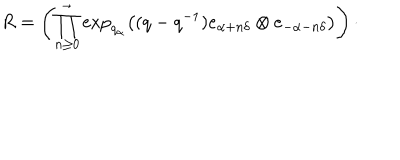
R = \left( \prod _ { n \geq 0 } ^ { \rightarrow } \exp _ { q _ { \alpha } } \left( ( q - q ^ { - 1 } ) e _ { \alpha + n \delta } \otimes e _ { - \alpha - n \delta } \right) \right) \cdot